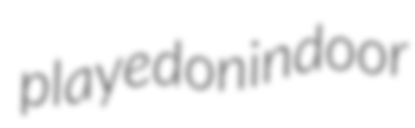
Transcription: played on indoor